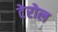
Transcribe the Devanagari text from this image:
टेरोल